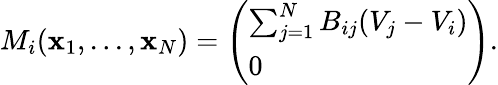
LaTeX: M_{i}({\mathbf x}_{1},...,{\mathbf x}_{N})=\left(\begin{array}{l}{\sum_{j=1}^{N}B_{ij}(V_{j}-V_{i})}\\ {0}\end{array}\right).